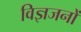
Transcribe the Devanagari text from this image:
विज्ञजनों